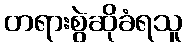
တရားစွဲဆိုခံရသူ